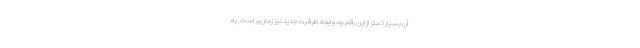
آن بسیار کمتر از این رقم بود و ایجاد ظرفیت جدید نیز زمان‌بر است. به